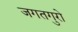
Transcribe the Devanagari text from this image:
जगतगुरो